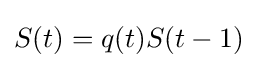
S(t)=q(t)S(t-1)